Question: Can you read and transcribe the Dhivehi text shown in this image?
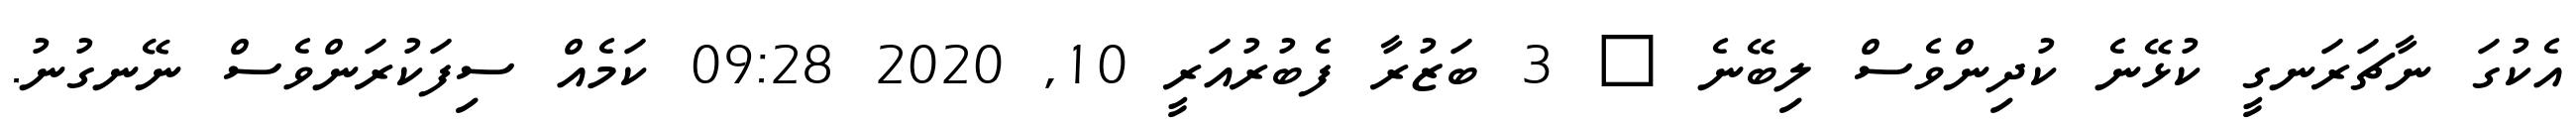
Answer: އެކުގަ ނާޗަރަނގީ ކުޅޭނެ ކުދިންވެސް ލިބޭނެ ? 3 ބަޒުރާ ފެބުރުއަރީ 10, 2020 09:28 ކަމެއް ސިފަކުރަންވެސް ނޭނގުނު.